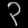
Digit: ၃